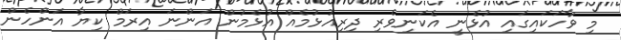
މި ވާހަކައިގައި އުޅެނީ އެކަނިވެރި ދިރިއުޅުމެއް އުޅެމުން އަންނަ އިރަމް ކިޔާ އަންހެން